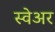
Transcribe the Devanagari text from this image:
स्वेअर